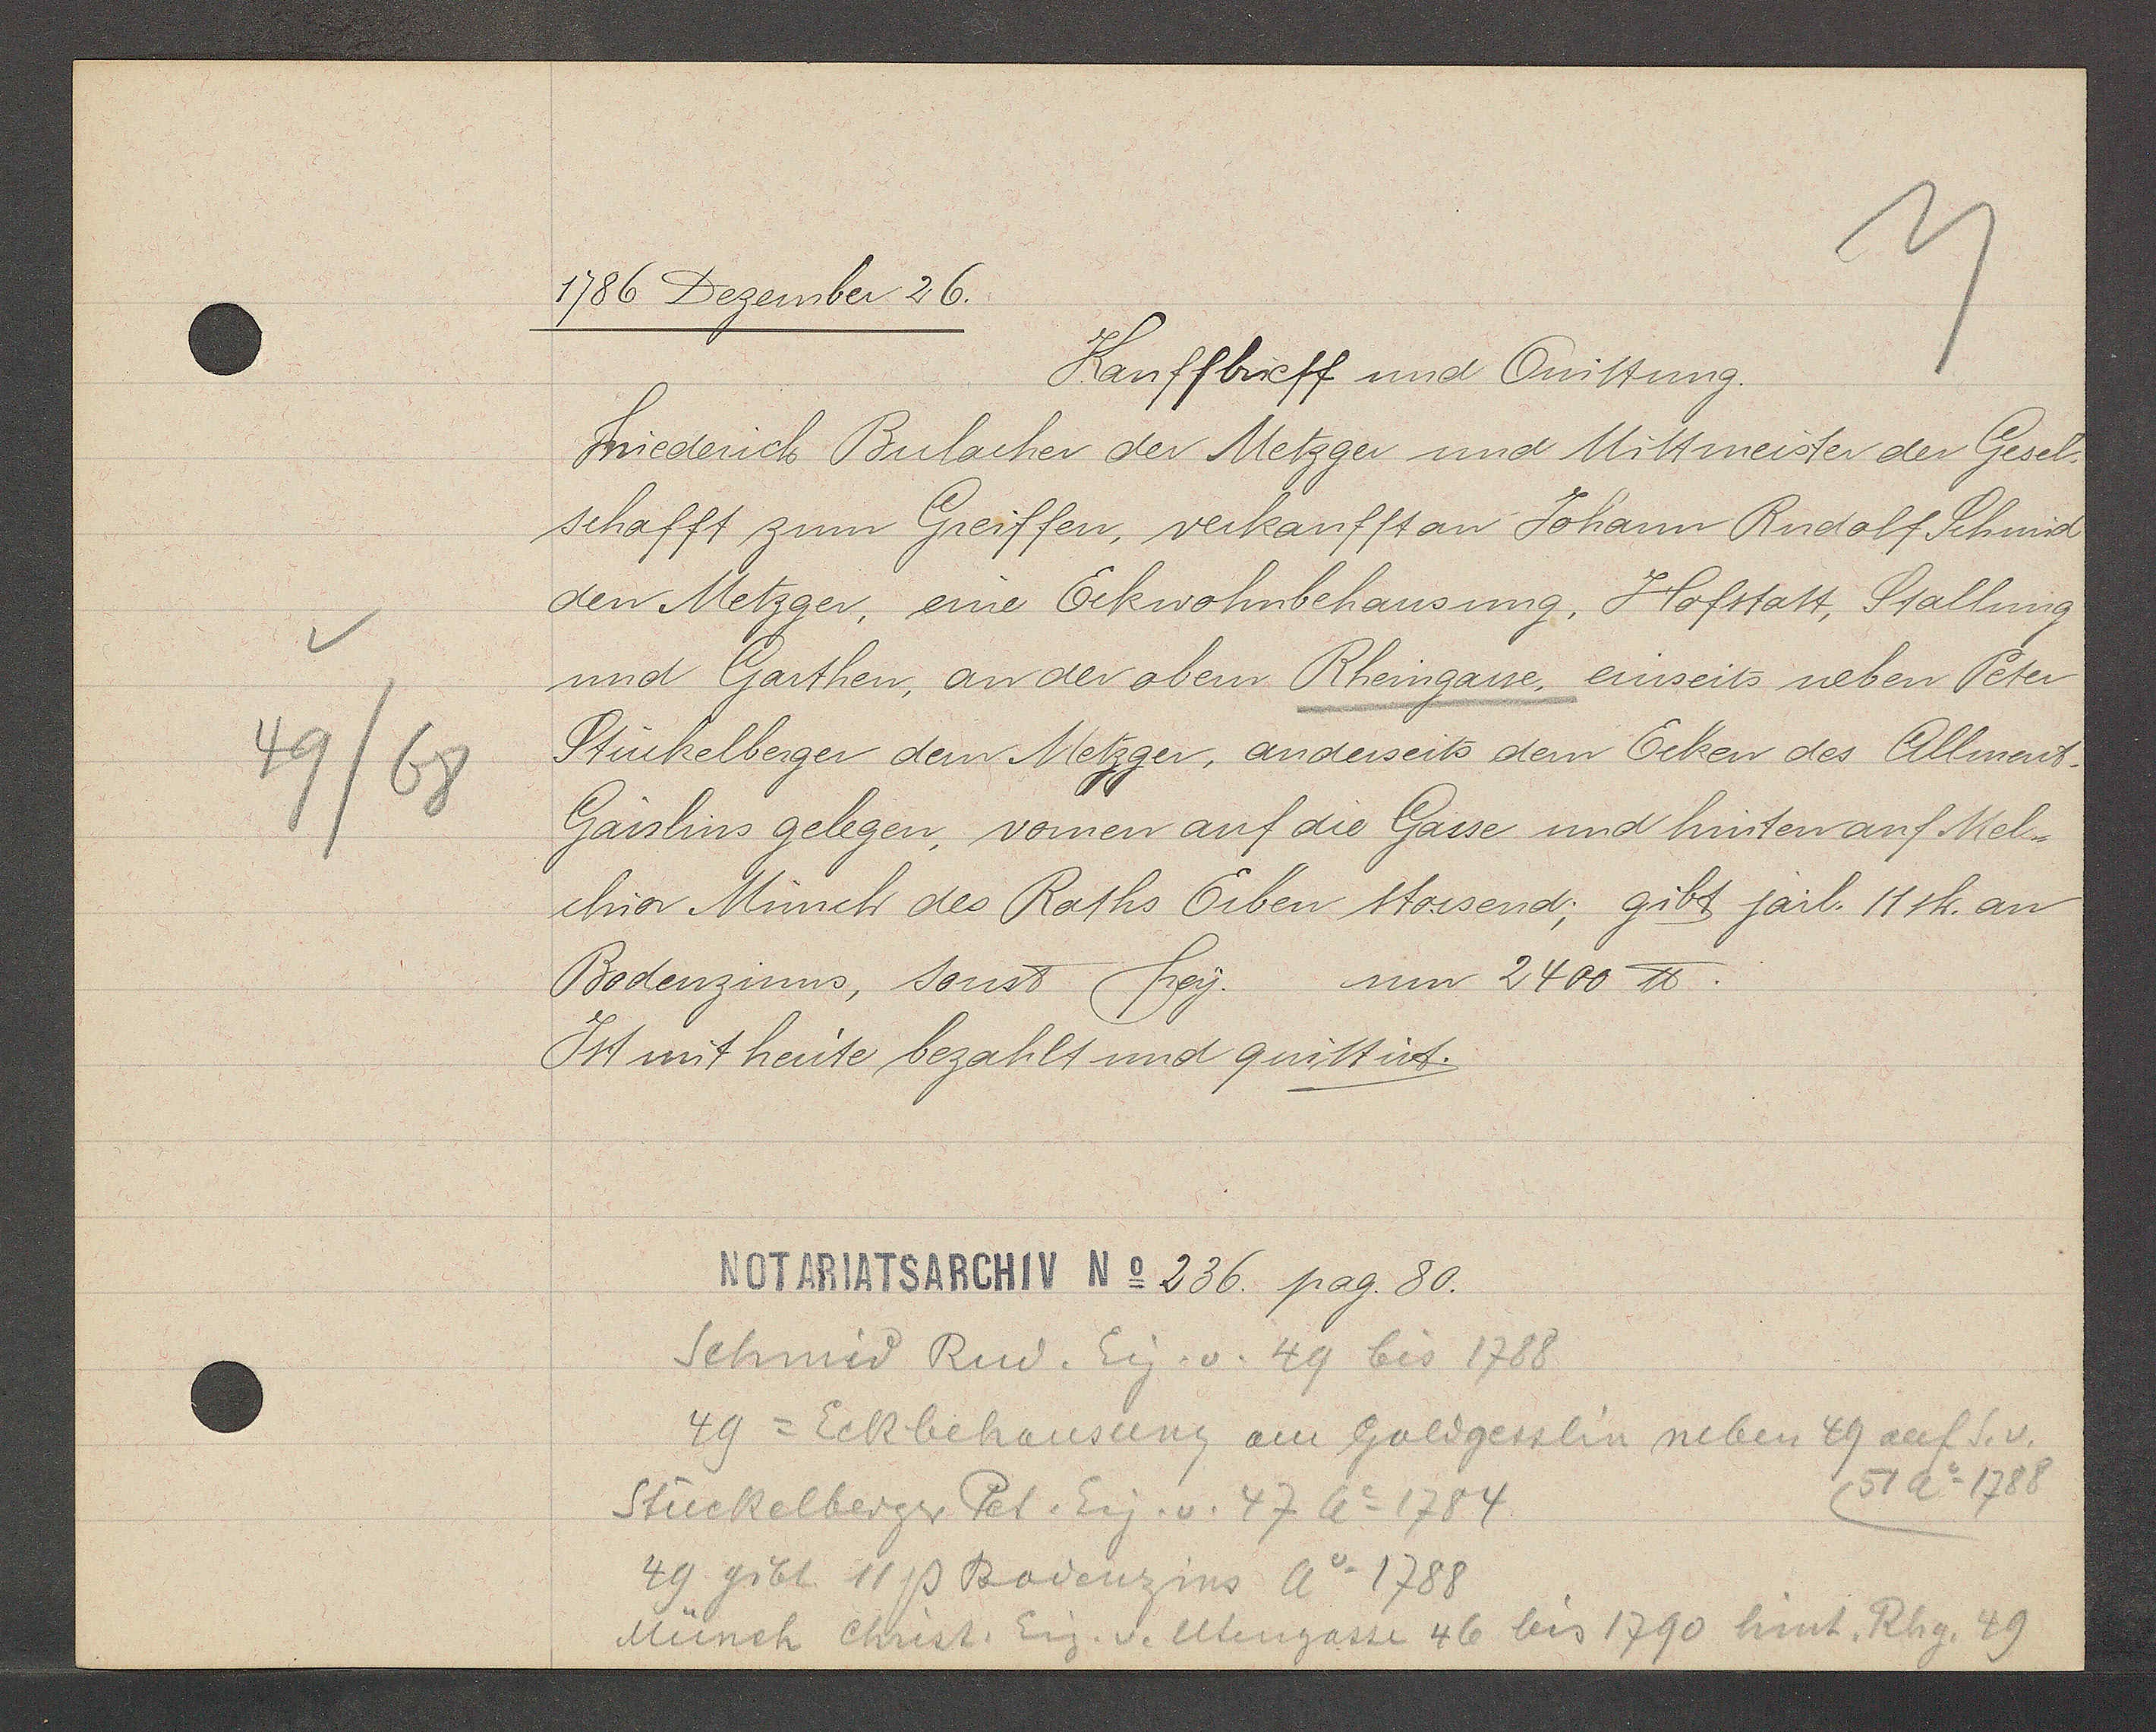
Transcript:
49/68

1786 Dezember 26.

Kauffbrieff und Quittung.
Friederich Bulacher der Metzger und Mittmeister der Gesel
schafft zum Greiffen, verkaufft an Johann Rudolf Schmid
den Metzger, eine Eckwohnbehausung, Hofstatt, Stallung
und Garthen, an der obern Rheingasse, einseits neben Peter
Stückelberger dem Metzger, anderseits dem Ecken des Allmend
Gässlins gelegen, vornen auf die Gasse und hinten auf Mel¬
chior Münch des Raths Erben stossend; gibt jail. 11sh. an
Bodenzinns, sonst frey. um 2400 ℔.
Ist mit heute bezahlt und quittirt.

Notariatsarchiv No 236 pag. 80.

Schmid Rud. Eig. v. 49 bis 1788
49 = Eckbehausung am Goldgesslin neben 49 auf S.v.
51 Ao 1788
Stückelberger Pet. Eig. v. 47 Ao 1784
49 gibt. 11. ß Bodenzins Ao 1788
Münch Christ. Eig. v. Utengasse 46 bis 1790 hint. Rhg. 49